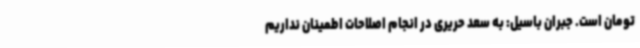
تومان است. جبران باسیل: به سعد حریری در انجام اصلاحات اطمینان نداریم